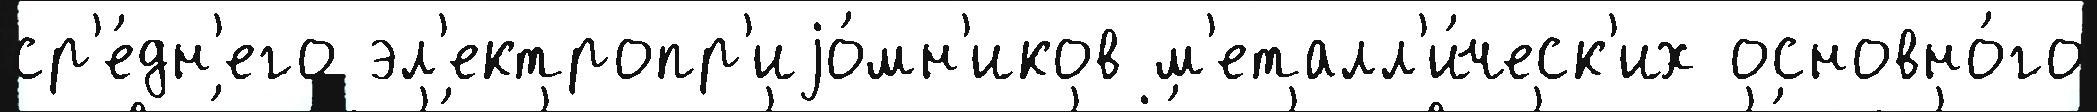
ср'е́дн'его эл'ектропр'иjо́мн'иков м'еталл'и́ческ'их основно́го